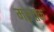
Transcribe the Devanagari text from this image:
मरुत्तक